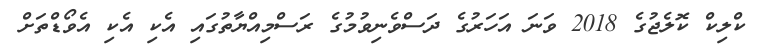
ކްލިކް ކޮލެޖުގެ 2018 ވަނަ އަހަރުގެ ދަސްވެނިވުމުގެ ރަސްމިއްޔާތުގައި އެކި އެކި އެވޯޑްތަށް